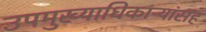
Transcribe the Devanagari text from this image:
उपमुख्याधिकाऱ्यांसह